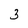
Character: 3